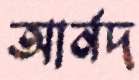
আর্নদ